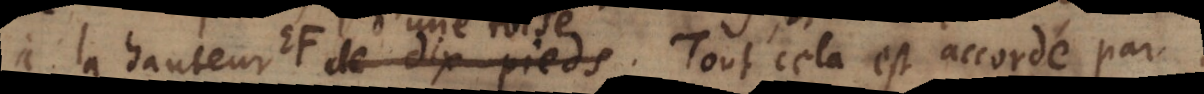
à la hauteur EF d’une toise. Tout cela est accordé par